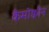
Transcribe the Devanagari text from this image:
कैमोक्वीन